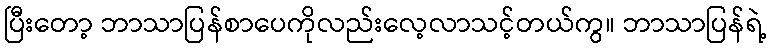
ပြီးတော့ ဘာသာပြန်စာပေကိုလည်းလေ့လာသင့်တယ်ကွ။ ဘာသာပြန်ရဲ့